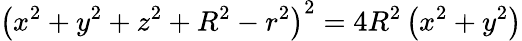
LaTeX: \left(x^{2}+y^{2}+z^{2}+R^{2}-r^{2}\right)^{2}=4R^{2}\left(x^{2}+y^{2}\right)